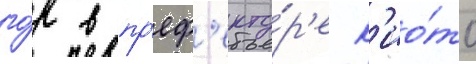
го́р в пр'еф'екту́р'е к'ио́то